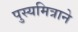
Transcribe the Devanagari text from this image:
पुस्यमित्राने